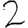
Digit: 2